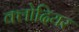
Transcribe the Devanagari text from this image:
क्लोदियर